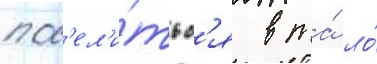
пос'ел'и́тьс'я в та́ ло́